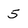
Character: 5